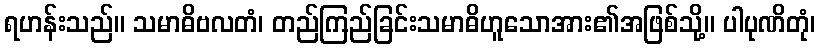
ရဟန်းသည်။ သမာဓိဗလတံ၊ တည်ကြည်ခြင်းသမာဓိဟူသောအား၏အဖြစ်သို့။ ပါပုဏိတုံ၊